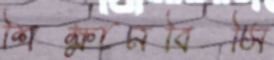
শিক্ষানবিসি